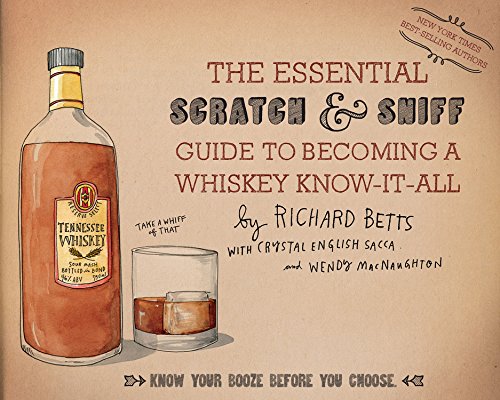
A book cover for The Essential Scratch & Sniff Guide to Becoming a Whiskey Know-It-All: Know Your Booze Before You Choose; Richard Betts; Cookbooks, Food & Wine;